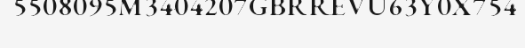
5508095M3404207GBRREVU63Y0X754